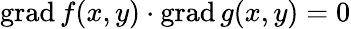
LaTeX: \operatorname{grad}f(x,y)\cdot\operatorname{grad}g(x,y)=0